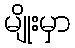
မျိုးမှာ